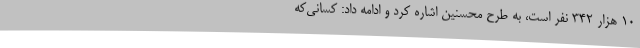
10 هزار 342 نفر است، به طرح محسنین اشاره کرد و ادامه داد: کسانی‌که